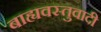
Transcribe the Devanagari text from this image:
बाह्यवस्तुवादी